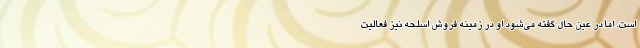
است. اما در عین حال گفته می‌شود او در زمینه فروش اسلحه نیز فعالیت